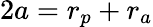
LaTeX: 2a=r_{p}+r_{a}